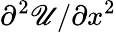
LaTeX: \partial^{2}{\mathscr{U}}/\partial{x}^{2}